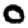
Digit: 0